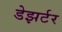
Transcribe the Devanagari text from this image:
डेझर्टर